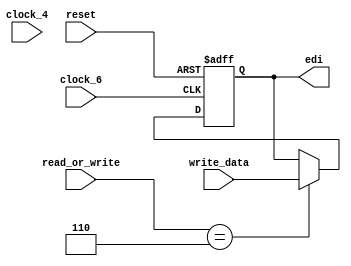
module edi_register(clock_4, clock_6, reset, read_or_write, write_data, edi);
input wire clock_4;
input wire clock_6;
input wire reset;
input wire [3:0]read_or_write;
input wire [31:0]write_data;
output reg [31:0]edi;

always @(posedge reset or posedge clock_6)begin
	if (reset == 1'b1) begin
		edi <= 32'h0000_0888;
	end else if (clock_6) begin
		if (read_or_write == 4'h6) begin
			edi <= write_data;
		end
	end
end


//always @(*)begin
//	if (reset == 1'b1) begin
//		edi <= 32'h0000_0888;
//	end
//end
//always @(posedge clock_6)begin
//	if (read_or_write == 4'h6) begin
//		edi <= write_data;
//	end
//end
//
endmodule